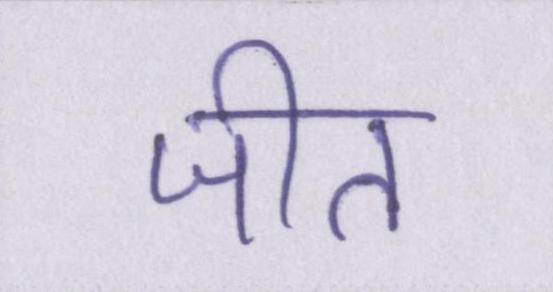
जीत